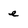
Character: e